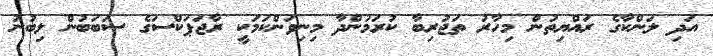
އަދި ލަންކާގެ ރައްޔިތުން މިހާރު ތަޖުރިބާ ކުރަމުންދާ މިނިވަންކަމަކީ ރާޖަޕަކްސަގެ ސަބަބުން ލިބުނު